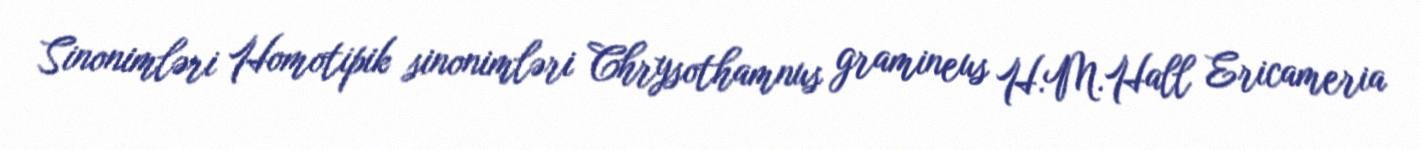
Sinonimləri Homotipik sinonimləri Chrysothamnus gramineus H.M.Hall Ericameria